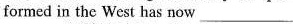
formed in the West has now ___